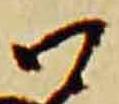
口